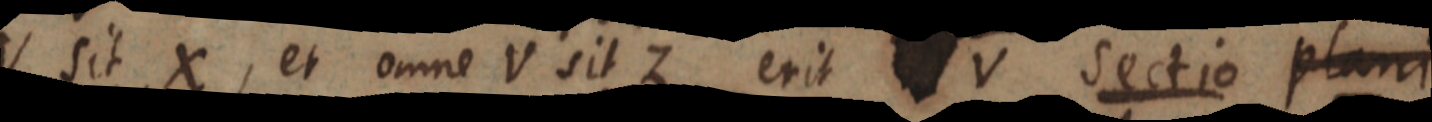
V sit X, et omne V sit Z erit V sectio plani